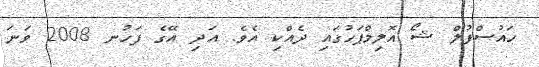
ހައުސްފުލް ޝޯ އޮލިމްޕަހުގައި ދެއްކި އެވެ. އަދި އޭގެ ފަހުނ 2008 ވަނަ